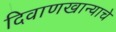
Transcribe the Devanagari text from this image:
दिवाणखान्याचे